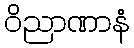
ဝိညာဏာနံ